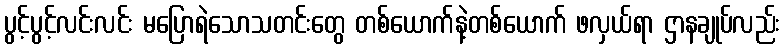
ပွင့်ပွင့်လင်းလင်း မပြောရဲသောသတင်းတွေ တစ်ယောက်နဲ့တစ်ယောက် ဖလှယ်ရာ ဌာနချုပ်လည်း